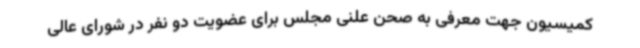
کمیسیون جهت معرفی به صحن علنی مجلس برای عضویت دو نفر در شورای عالی